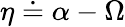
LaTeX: \eta\doteq\alpha-\Omega